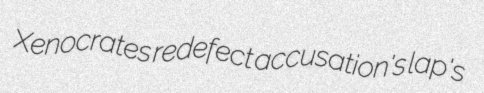
Xenocrates redefect accusation's lap's